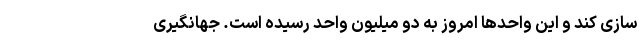
سازی کند و این واحدها امروز به دو میلیون واحد رسیده است. جهانگیری